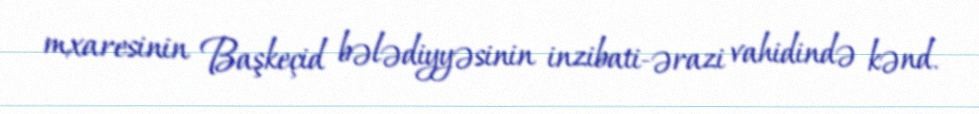
mxaresinin Başkeçid bələdiyyəsinin inzibati-ərazi vahidində kənd.